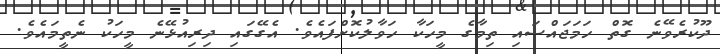
ދޫކުރެވޭނެ ގޮތް ހަމަޖައްސައި ތިމާގެ މީހަކާ ހަވާލުކޮށްފައެވެ. އެގޭގައި ދިރިއުޅޭނެ މީހަކު ނެތީމައެވެ.